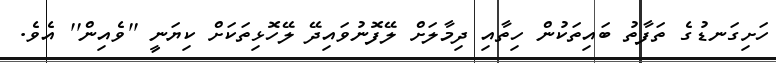
ހަށިގަނޑުގެ ތަފާތު ބައިތަކުން ހިތާއި ދިމާލަށް ލޭފޮނުވައިދޭ ލޭހޮޅިތަކަށް ކިޔަނީ ''ވެއިން'' އެވެ.